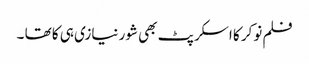
فلم نوکر کا اسکرپٹ بھی شور نیازی ہی کا تھا ۔